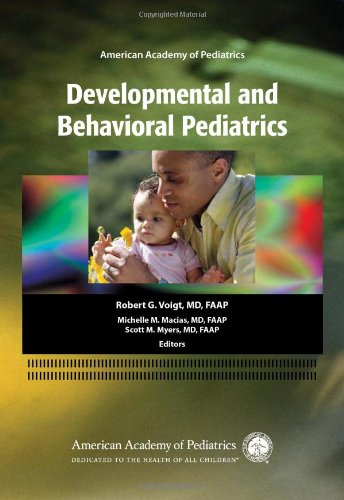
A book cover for AAP Developmental and Behavioral Pediatrics; AAP Section on Developmental and Behavioral Pediatrics; Medical Books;